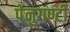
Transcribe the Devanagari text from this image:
पेनुगण्टी